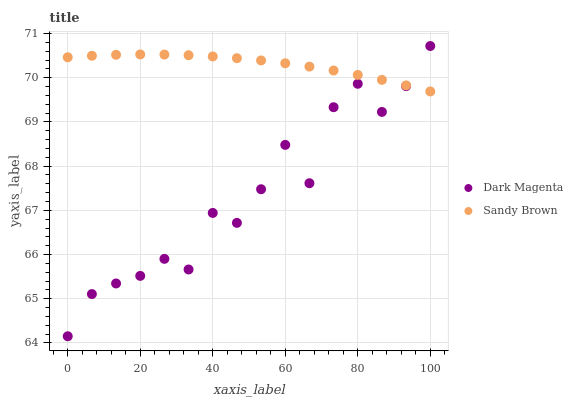
| xaxis_label | Dark Magenta | Sandy Brown |
 | --- | --- | --- |
 | 0 | 64.2 | 70.5 |
 | 6.67 | 65.1 | 70.5 |
 | 13.3 | 65.3 | 70.5 |
 | 20 | 65.5 | 70.5 |
 | 26.7 | 65.9 | 70.5 |
 | 33.3 | 65.7 | 70.5 |
 | 40 | 66.9 | 70.5 |
 | 46.7 | 66.7 | 70.4 |
 | 53.3 | 67.5 | 70.4 |
 | 60 | 68.5 | 70.3 |
 | 66.7 | 67.6 | 70.3 |
 | 73.3 | 69.3 | 70.2 |
 | 80 | 69.9 | 70.1 |
 | 86.7 | 69.2 | 70 |
 | 93.3 | 69.8 | 69.8 |
 | 100 | 70.7 | 69.7 |